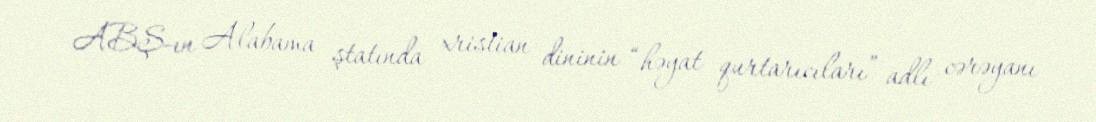
ABŞ-ın Alabama ştatında xristian dininin “həyat qurtarıcıları” adlı cərəyanı